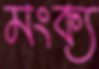
মংক্য